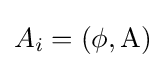
A_{i}=(\phi ,\mathrm {A} )